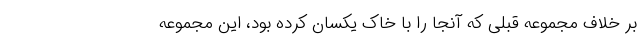
بر خلاف مجموعه قبلی که آنجا را با خاک یکسان کرده بود، این مجموعه